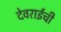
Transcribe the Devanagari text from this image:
देवराईची